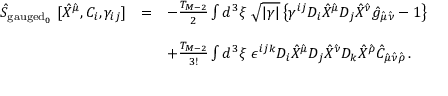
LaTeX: \begin{array} { r c l } { { \hat { S } _ { \mathrm { g a u g e d } _ { 0 } } \ [ \hat { X } ^ { \hat { \mu } } , C _ { i } , \gamma _ { i j } ] } } & { { = } } & { { - \frac { T _ { M - 2 } } { 2 } \int d ^ { 3 } \xi \ \sqrt { | \gamma | } \left\{ \gamma ^ { i j } D _ { i } \hat { X } ^ { \hat { \mu } } D _ { j } \hat { X } ^ { \hat { \nu } } \hat { g } _ { \hat { \mu } \hat { \nu } } - 1 \right\} } } \\ { { } } & { { } } & { { } } \\ { { } } & { { } } & { { + \frac { T _ { M - 2 } } { 3 ! } \int d ^ { 3 } \xi \ \epsilon ^ { i j k } D _ { i } \hat { X } ^ { \hat { \mu } } D _ { j } \hat { X } ^ { \hat { \nu } } D _ { k } \hat { X } ^ { \hat { \rho } } \hat { C } _ { \hat { \mu } \hat { \nu } \hat { \rho } } \, . } } \end{array}